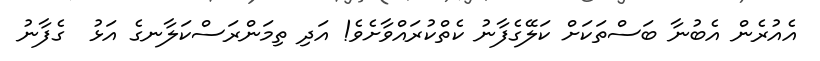
އެއުރެން އެބުނާ ބަސްތަކަށް ކަލޭގެފާނު ކެތްކުރައްވާށެވެ! އަދި ތިމަންރަސްކަލާނގެ އަޅު  ގެފާނު